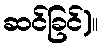
ဆင်ခြင်)။